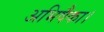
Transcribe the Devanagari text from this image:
अभिषैका।